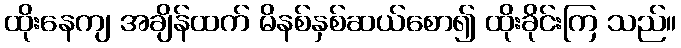
ထိုးနေကျ အချိန်ထက် မိနစ်နှစ်ဆယ်စော၍ ထိုးခိုင်းကြ သည်။